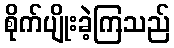
စိုက်ပျိုးခဲ့ကြသည်